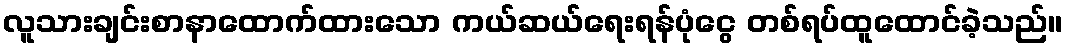
လူသားချင်းစာနာထောက်ထားသော ကယ်ဆယ်ရေးရန်ပုံငွေ တစ်ရပ်ထူထောင်ခဲ့သည်။